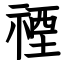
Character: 禋